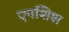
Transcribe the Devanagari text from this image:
एपशिश